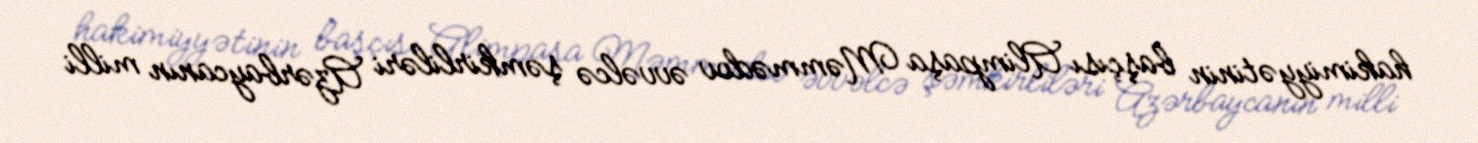
hakimiyyətinin başçısı Alimpaşa Məmmədov əvvəlcə şəmkirliləri Azərbaycanın milli